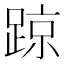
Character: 𨂙